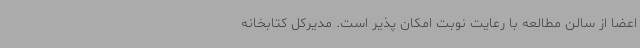
اعضا از سالن مطالعه با رعایت نوبت امکان پذیر است. مدیرکل کتابخانه